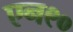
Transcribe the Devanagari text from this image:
एन९०